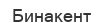
Бинакент